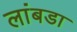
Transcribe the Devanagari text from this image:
लांबडा